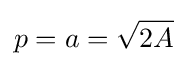
p=a={\sqrt {2A}}\;